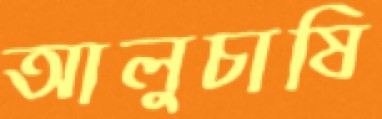
আলুচাষি